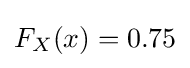
F_{X}(x)=0.75